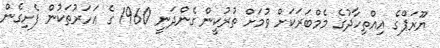
ޔޫރަޕްގެ އިއްތިހާދުގެ މެމްބަރަކަށް ވުމަށް ތުރުކީން ގެންދަނީ 1960 ގެ އަހަރުތަކުން ފެށިގެން